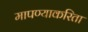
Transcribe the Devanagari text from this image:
मापण्याकरिता